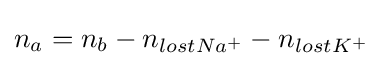
n_{a}=n_{b}-n_{lostNa^{+}}-n_{lostK^{+}}